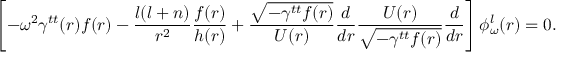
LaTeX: \left[ - \omega ^ { 2 } \gamma ^ { t t } ( r ) f ( r ) - { \frac { l ( l + n ) } { r ^ { 2 } } } { \frac { f ( r ) } { h ( r ) } } + { \frac { \sqrt { - \gamma ^ { t t } f ( r ) } } { U ( r ) } } { \frac { d } { d r } } { \frac { U ( r ) } { \sqrt { - \gamma ^ { t t } f ( r ) } } } { \frac { d } { d r } } \right] \phi _ { \omega } ^ { l } ( r ) = 0 .